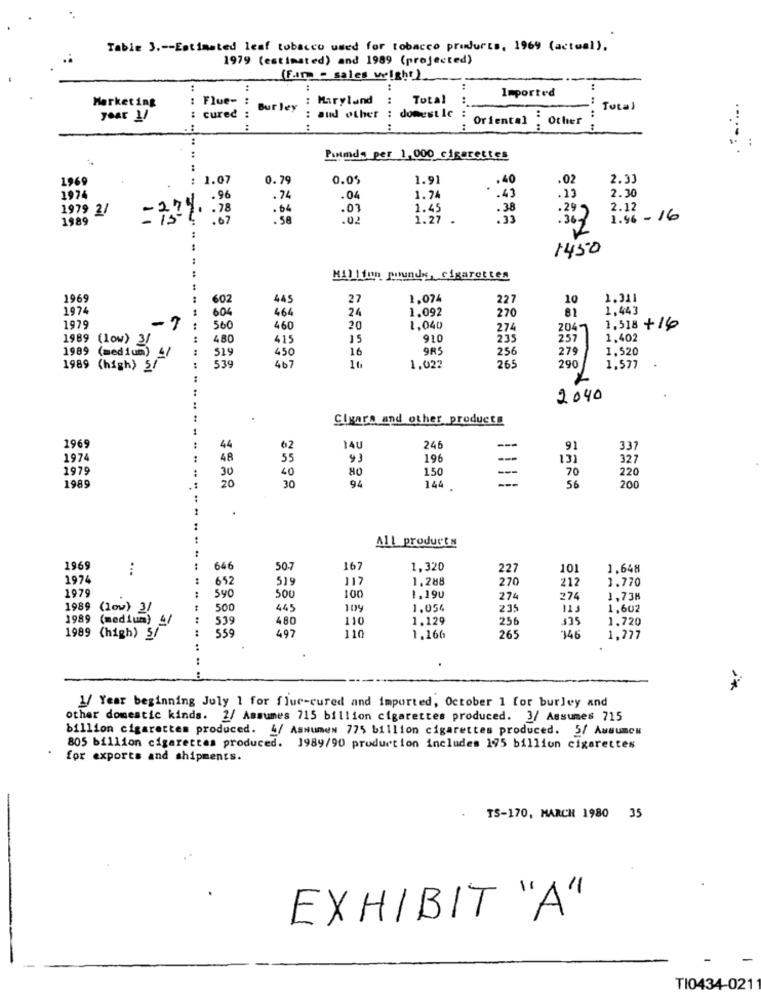
Table 3 .-- Estimated leaf tobacco used for tobacco products, 1969 (actual).
1979 (estimated) and 1989 (projected)
(Fim - sales wright)
..
Imported
Marketing
: Flue- :
: Maryland
:
Total
:
Bur ley
...
Tutal
year 1/
cured
:and other : domest le :
....
.. ..
Oriental . Other
.. ..
:
:
....-
Puntmda per 1,000 cigarettes
1969
: 1.07
0.79
0.05
1.91
.40
.02
2.33
.
13
2.30
1974
.96
.74
.04
1.74
.43
1979 2/
.54
.01
1.45
2.12
1989
= 7-1 .78
:67
.58
.02
1.27 .
1.96 - 16
.363
1450
Million pounds, cigarettes
1969
602
445
27
1,074
227
10
1.311
1974
464
24
1.092
81
1,443
604
270
1979
-7
..
500
460
20
1,040
274
2041
1,518 + 16
480
415
15
910
235
257
1,402
1989 (1ow) 3/
1989 (medium) 4/
16
9R5
256
27
1,520
519
450
407
290
1989 (high) 5/
539
10
1,02?
265
1.577
2040
Cigara and other products
1969
44
62
14U
246
91
337
1974
48
55
93
196
--
131
327
1979
30
40
80
150
---
70
1989
20
94
56
220
30
144
200
.
All products
1969
...
646
50.7
167
1,320
227
101
1,648
1974
652
535
117
1,288
212
1.770
1979
270
590
500
100
1.190
274
274
1,738
1989 (low) 3/
500
445
109
1.054
235
1,602
1989 (medium) 4/
539
480
110
1.129
256
335
1.720
559
497
110
1989 (high) 5/
1.166
265
346
1,777
1/ Year beginning July 1 for fluc-cured and imported, October 1 for burley and
other domestic kinds. 2/ Assumes 715 billion cigarettes produced. 3/ Assumes 715
billion cigarettes produced. 4/ Assumes 775 billion cigarettes produced. 5/ Assumes
.
805 billion cigarettes produced. 1989/90 production includes 175 billion cigarettes
for exports and shipments.
.
TS-170, MARCH 1980 35
EXHIBIT "A"
TI0434-021